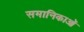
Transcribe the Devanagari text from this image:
समानिकाओं